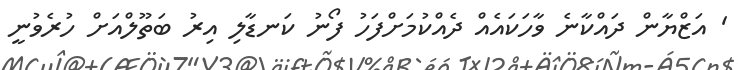
' އަޒްޔާން ދައްކާނެ ވާހަކައެއް ދެއްކުމަށްފަހު ފޯނު ކަނޑާލި އިރު ބަތޫލްއަށް ހުރެވުނީ